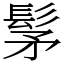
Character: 髳